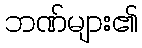
ဘဏ်များ၏